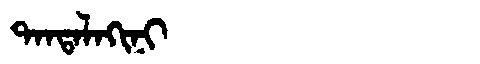
Manchu: ᡨᠠᠨᡨᠠᠯᠠᡴᡳᠨᡳ
Romanization: TANTALAKINI